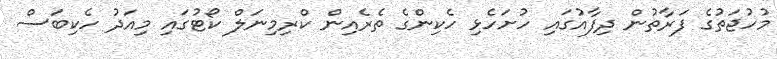
މުހުޖަތުގެ ފަރާތުން ދިފާއުގައި ހުށަހެޅި ހެކިންގެ ތެރެއިން ކްރިމިނަލް ކޯޓުގައި މިއަދު ހެކިބަސް